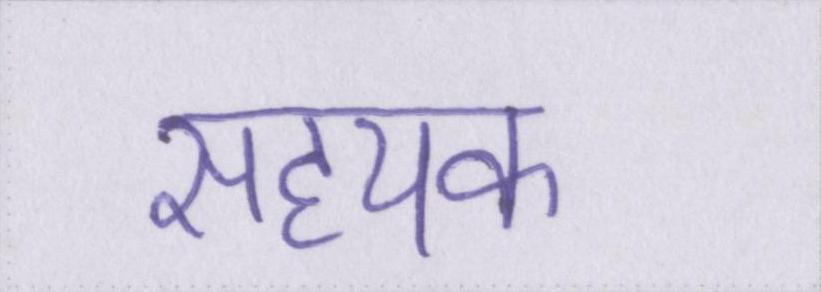
सहयक